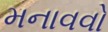
મનાવવો